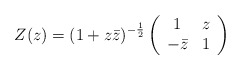
\begin{align*}Z(z) = (1+z \bar{z})^{-\frac{1}{2}} \left(\begin{array}{cc}1 & z \\-\bar{z} & 1\end{array}\right)\end{align*}